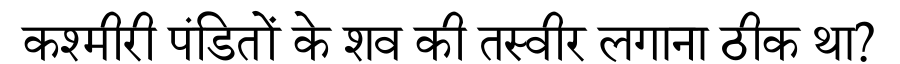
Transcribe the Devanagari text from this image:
कश्मीरी पंडितों के शव की तस्वीर लगाना ठीक था?